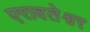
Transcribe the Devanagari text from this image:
एरावतेश्वर